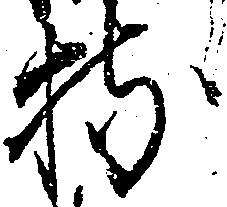
持